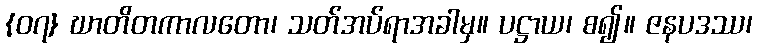
{၀၇} ဃာတိတကာလတော၊ သတ်အပ်ရာအခါမှ။ ပဋ္ဌာယ၊ စ၍။ ဇနပဒဿ၊